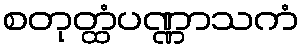
စတုတ္ထံပဏ္ဏာသကံ